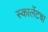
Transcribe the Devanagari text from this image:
स्कार्लेटचा